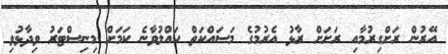
އޭރުން ރަށްގިރުމާއި ރަށަށް ރާޅު އެރުމުގެ މަސައްކަތް ހައްލުވާނެ ކަމަށް މިނިސްޓަރު ވިދާޅުވި